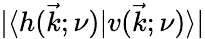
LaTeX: |\langle h(\vec{k};\nu)|v(\vec{k};\nu)\rangle|